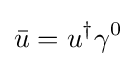
{\bar {u}}=u^{\dagger }\gamma ^{0}